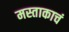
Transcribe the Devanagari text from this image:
मस्ताकाचं